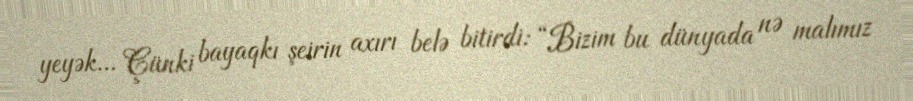
yeyək... Çünki bayaqkı şeirin axırı belə bitirdi: “Bizim bu dünyada nə malımız